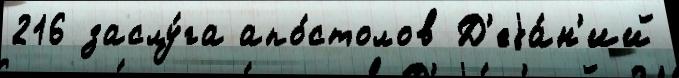
216 заслу́га апо́столов Д'еjа́н'ий